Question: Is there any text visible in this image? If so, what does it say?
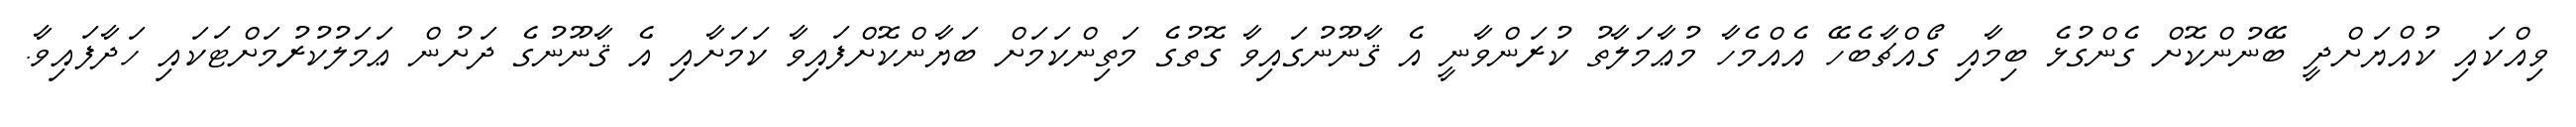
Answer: ވިއްކައި ކުއްޔަށްދީ ބޭނުންކޮށް ގެންގުޅެ ބިމާއި ގޯއްޗާބެހޭ އެއްމެހާ މުޢާމަލާތު ކުރަންވާނީ އެ ޤާނޫނުގައިވާ ގޮތުގެ މަތިންކަމަށް ބަޔާންކޮށްފައިވާ ކަމަށާއި އެ ޤާނޫނުގެ ދަށުން ޢަމަލުކުރުމަށްޓަކައި ހަދާފައިވާ.